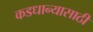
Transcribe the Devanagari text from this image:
कडधान्यासाठी